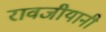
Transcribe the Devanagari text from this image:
रावजीयानी